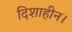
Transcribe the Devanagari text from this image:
दिशाहीन।